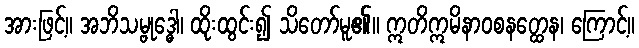
အားဖြင့်။ အဘိသမ္ဗုဒ္ဓေါ၊ ထိုးထွင်း၍ သိတော်မူ၏။ ဣတိဣမိနာဝစနတ္ထေန၊ ကြောင့်။